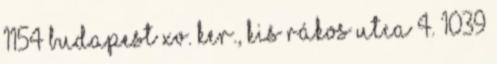
1154 Budapest XV. ker., Kis Rákos utca 4. 1039